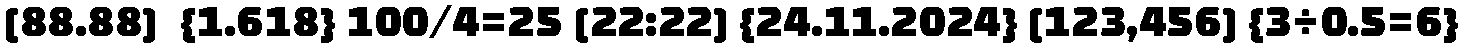
[88.88]  {1.618} 100/4=25 [22:22] {24.11.2024} [123,456] {3÷0.5=6}